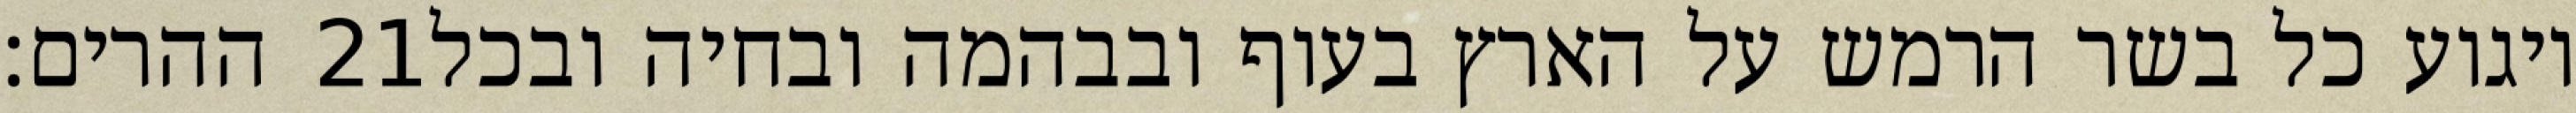
ההרים׃ ‎21‏ ויגוע כל בשר הרמש על הארץ בעוף ובבהמה ובחיה ובכל